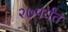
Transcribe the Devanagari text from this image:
२७पर्यंत